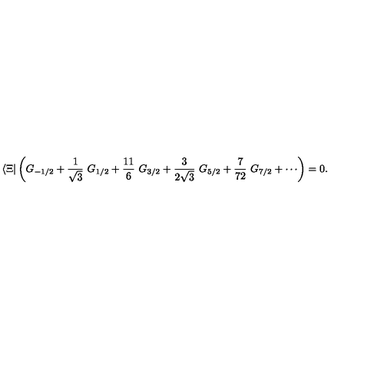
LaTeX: \langle \Xi | \left( G _ { - 1 / 2 } + \frac { 1 } { \sqrt { 3 } } \ G _ { 1 / 2 } + \frac { 1 1 } { 6 } \ G _ { 3 / 2 } + \frac { 3 } { 2 \sqrt { 3 } } \ G _ { 5 / 2 } + \frac { 7 } { 7 2 } \ G _ { 7 / 2 } + \cdots \right) = 0 .